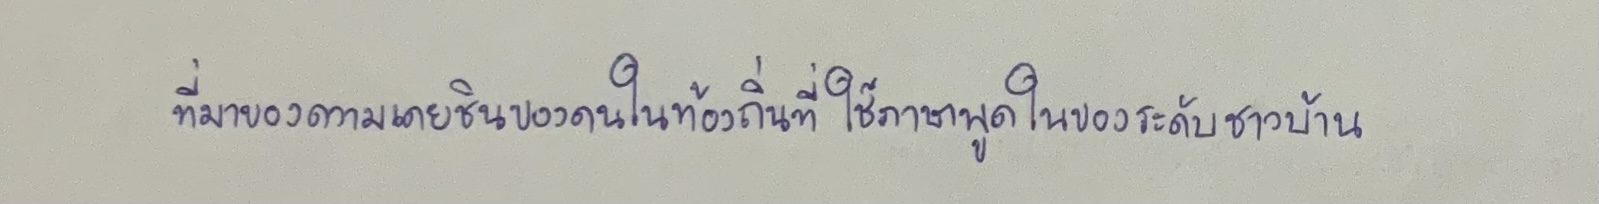
ที่มาของความเคยชินของคนในท้องถิ่นที่ใช้ภาษาพูดในของระดับชาวบ้าน